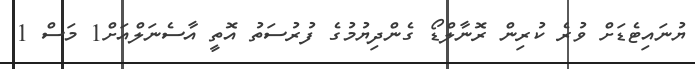
ޔުނައިޓެޑަށް ވުރެ ކުރިން ރޮނާލްޑޯ ގެންދިޔުމުގެ ފުރުސަތު އޮތީ އާސެނަލްއަށް1 މަސް 1